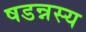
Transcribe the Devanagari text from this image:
षडन्नस्य